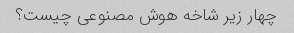
چهار زیر شاخه هوش مصنوعی چیست؟